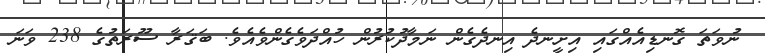
ނުވަތަ ގޮނޑިއެއްގައި އިށީނދެ އިނދެގެން ނަމާދުކުރުން ހުއްދަވެގެންވެއެވެ. ބަޤަރާ ސޫރަތުގެ 238 ވަނަ